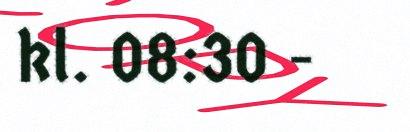
kl. 08:30 -